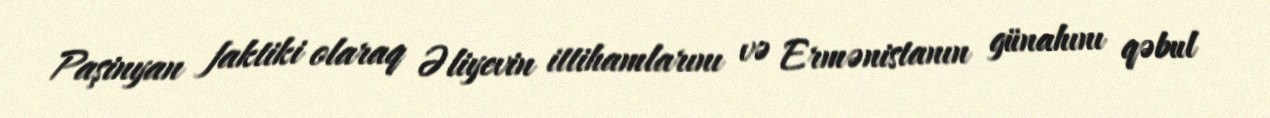
Paşinyan faktiki olaraq Əliyevin ittihamlarını və Ermənistanın günahını qəbul